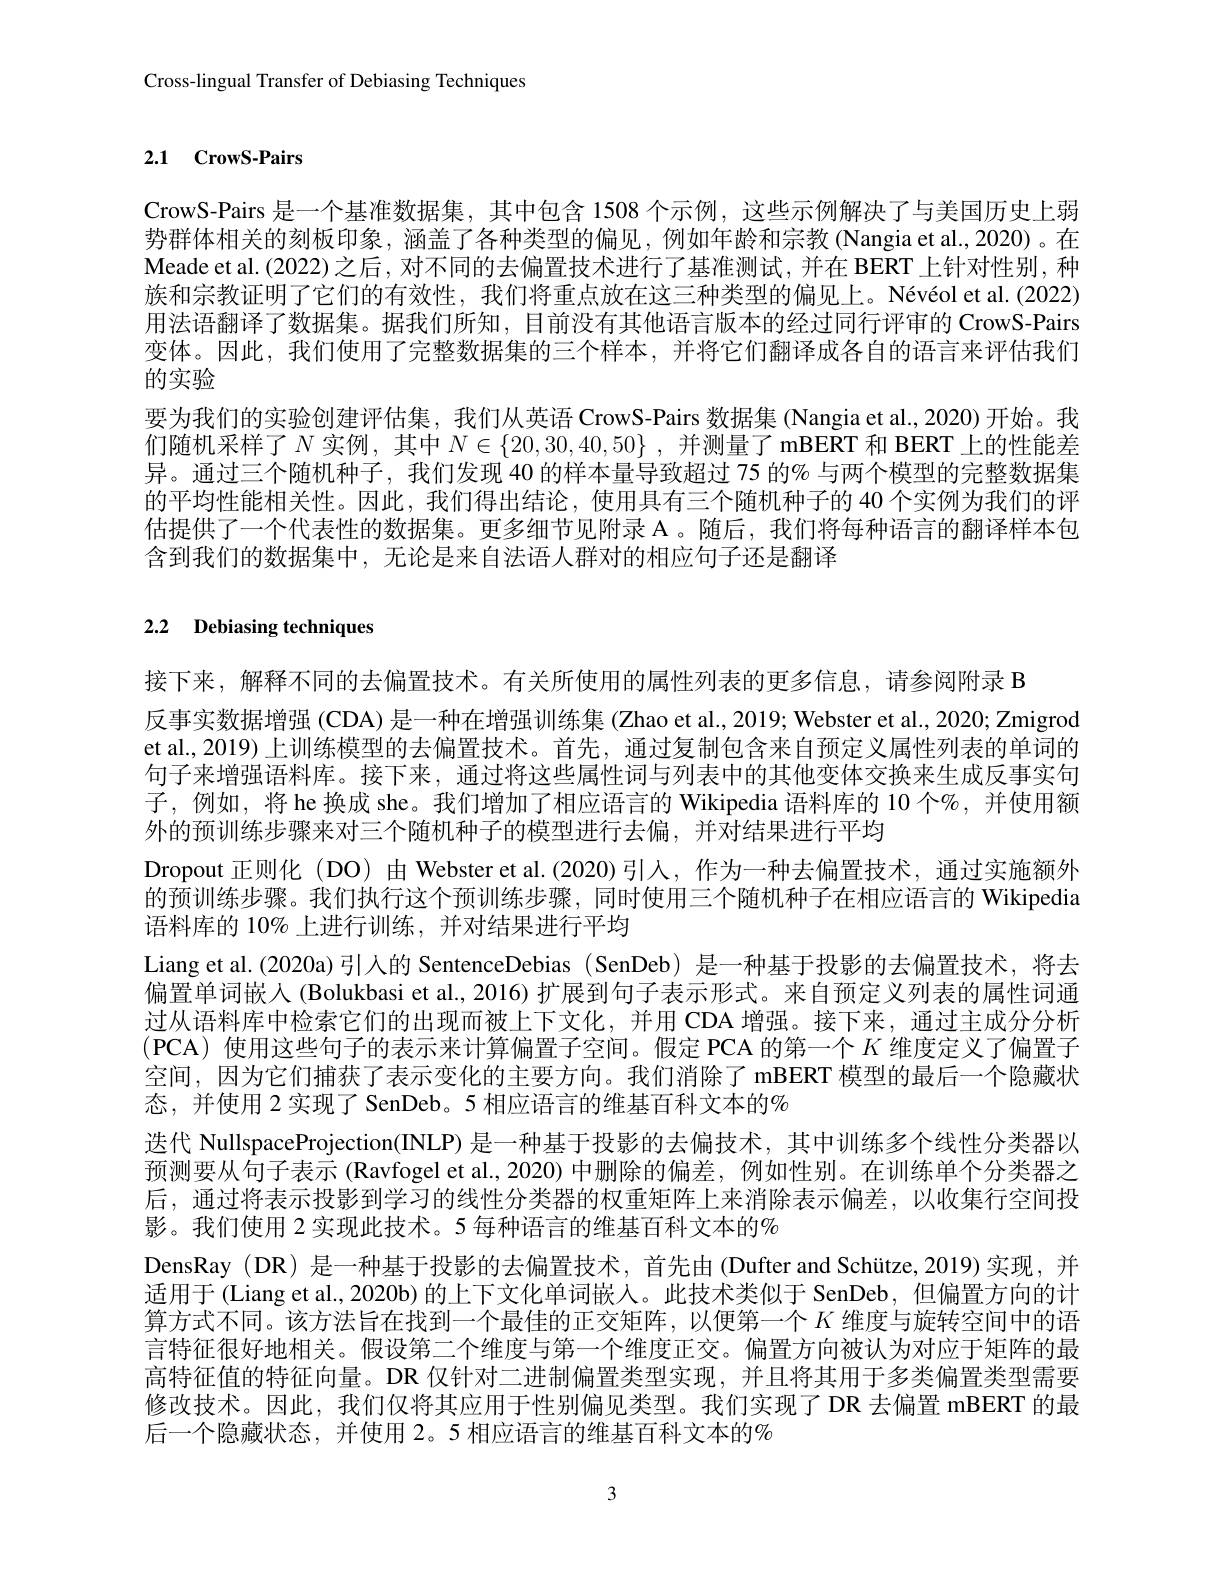
Cross-lingual Transfer of Debiasing Techniques

# 2.1 CrowS-Pairs

CrowS-Pairs 是一个基准数据集，其中包含 1508 个示例，这些示例解决了与美国历史上弱势群体相关的刻板印象，涵盖了各种类型的偏见，例如年龄和宗教 (Nangia et al.,2020)。在Meade et al. (2022)之后，对不同的去偏置技术进行了基准测试，并在 BERT 上针对性别，种族和宗教证明了它们的有效性，我们将重点放在这三种类型的偏见上。Névéol et al.(2022) 用法语翻译了数据集。据我们所知，目前没有其他语言版本的经过同行评审的 CrowS-Pairs 变体。因此，我们使用了完整数据集的三个样本，并将它们翻译成各自的语言来评估我们的实验
要为我们的实验创建评估集，我们从英语 CrowS-Pairs 数据集 (Nangia et al., 2020) 开始。我们随机采样了$N$实例，其中$N\in \{ 20, 30, 40, 50\}$ , 并 测 量 了 mBERT 和 BERT 上 的 性 能 差 异。通过三个随机种子，我们发现 40 的样本量导致超过 75 的% 与两个模型的完整数据集的平均性能相关性。因此，我们得出结论，使用具有三个随机种子的 40 个实例为我们的评估提供了一个代表性的数据集。更多细节见附录 A。随后，我们将每种语言的翻译样本包含到我们的数据集中，无论是来自法语人群对的相应句子还是翻译

# 2.2 Debiasing techniques

接下来，解释不同的去偏置技术。有关所使用的属性列表的更多信息，请参阅附录 B
反事实数据增强 (CDA) 是一种在增强训练集 (Zhao et al., 2019; Webster et al., 2020; Zmigrod et al., 2019) 上训练模型的去偏置技术。首先，通过复制包含来自预定义属性列表的单词的句子来增强语料库。接下来，通过将这些属性词与列表中的其他变体交换来生成反事实句子，例如，将 he 换成 she。我们增加了相应语言的 Wikipedia 语料库的 10 个%,并使用额外的预训练步骤来对三个随机种子的模型进行去偏，并对结果进行平均
Dropout 正则化 (DO) 由 Webster et al.(2020)引人，作为一种去偏置技术，通过实施额外的预训练步骤。我们执行这个预训练步骤，同时使用三个随机种子在相应语言的 Wikipedia 语料库的 10% 上进行训练，并对结果进行平均
Liang et al.(2020a)引人的 SentenceDebias (SenDeb) 是一种基于投影的去偏置技术，将去偏置单词嵌人 (Bolukbasi et al., 2016) 扩展到句子表示形式。来自预定义列表的属性词通过从语料库中检索它们的出现而被上下文化，并用 CDA 增强。接下来，通过主成分分析(PCA)使用这些句子的表示来计算偏置子空间。假定 PCA 的第一个$K$维度定义了偏置子空间，因为它们捕获了表示变化的主要方向。我们消除了 mBERT 模型的最后一个隐藏状态，并使用 2 实现了 SenDeb。5 相应语言的维基百科文本的%
迭代 NullspaceProjection(INLP) 是一种基于投影的去偏技术，其中训练多个线性分类器以预测要从句子表示 (Ravfogel et al.,2020) 中删除的偏差，例如性别。在训练单个分类器之后，通过将表示投影到学习的线性分类器的权重矩阵上来消除表示偏差，以收集行空间投影。我们使用 2 实现此技术。5 每种语言的维基百科文本的$\%$
DensRay (DR) 是一种基于投影的去偏置技术，首先由 (Dufter and Schütze, 2019)实现，并适用于 (Liang et al., 2020b) 的上下文化单词嵌人。此技术类似于 SenDeb,但偏置方向的计算方式不同。该方法旨在找到一个最佳的正交矩阵，以便第一个$K$维度与旋转空间中的语言特征很好地相关。假设第二个维度与第一个维度正交。偏置方向被认为对应于矩阵的最高特征值的特征向量。DR 仅针对二进制偏置类型实现，并且将其用于多类偏置类型需要修改技术。因此，我们仅将其应用于性别偏见类型。我们实现了DR 去偏置 mBERT 的最后一个隐藏状态，并使用 2。5 相应语言的维基百科文本的%

3